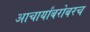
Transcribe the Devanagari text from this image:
आचार्यांबरोबरच